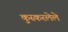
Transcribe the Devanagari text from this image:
कुस्करलेले